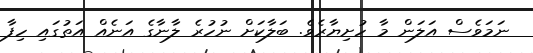
ނަމަވެސް އަލަން މާ ހުށިޔާރެވެ. ބަލާކަށް ނުހުރެ ލާނާގެ އަނެއް އަތުގައި ހިފާ